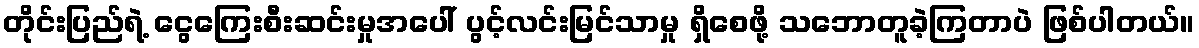
တိုင်းပြည်ရဲ့ ငွေကြေးစီးဆင်းမှုအပေါ် ပွင့်လင်းမြင်သာမှု ရှိစေဖို့ သဘောတူခဲ့ကြတာပဲ ဖြစ်ပါတယ်။